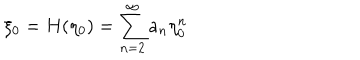
LaTeX: \xi _ { 0 } = H ( \eta _ { 0 } ) = \sum _ { n = 2 } ^ { \infty } a _ { n } \eta _ { 0 } ^ { n }